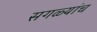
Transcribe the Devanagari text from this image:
सगळ्यांच